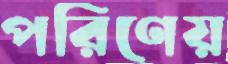
পরিণেয়